Bréfritari: Hildur Jónsdóttir Johnsen
Dagsetning: A-1836-02-29
Skrifað á: Raufarhöfn  N-Þing.

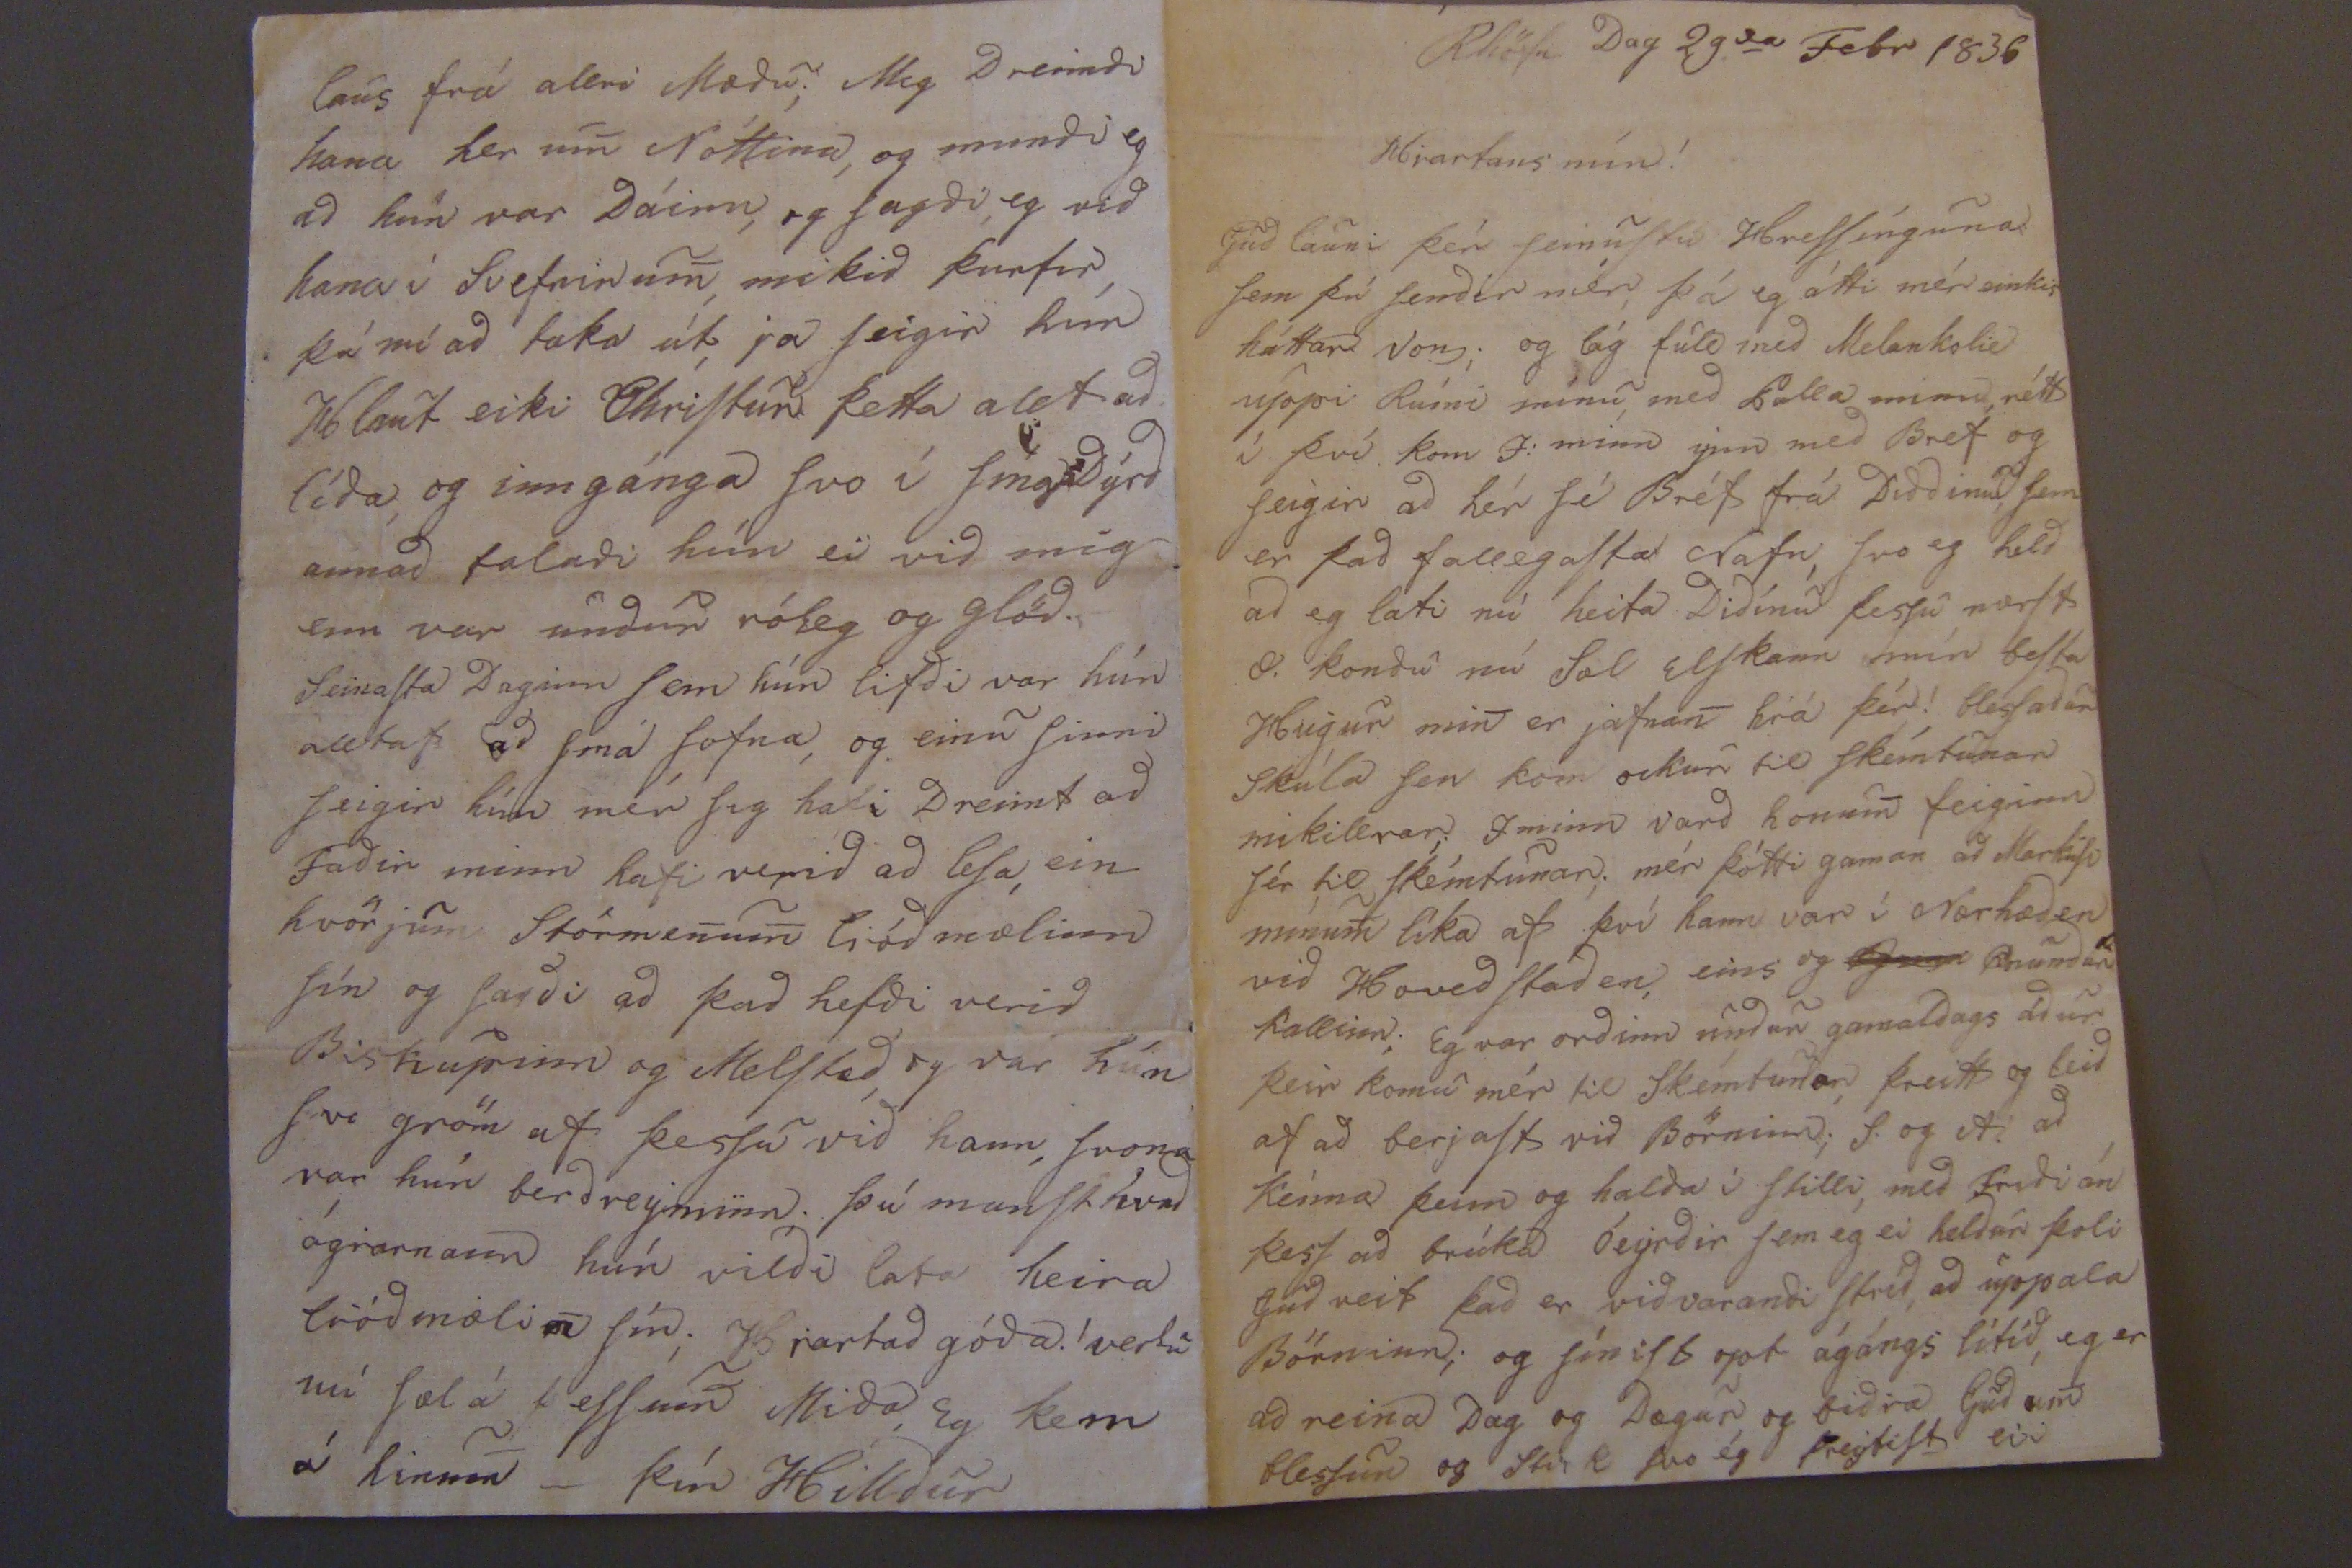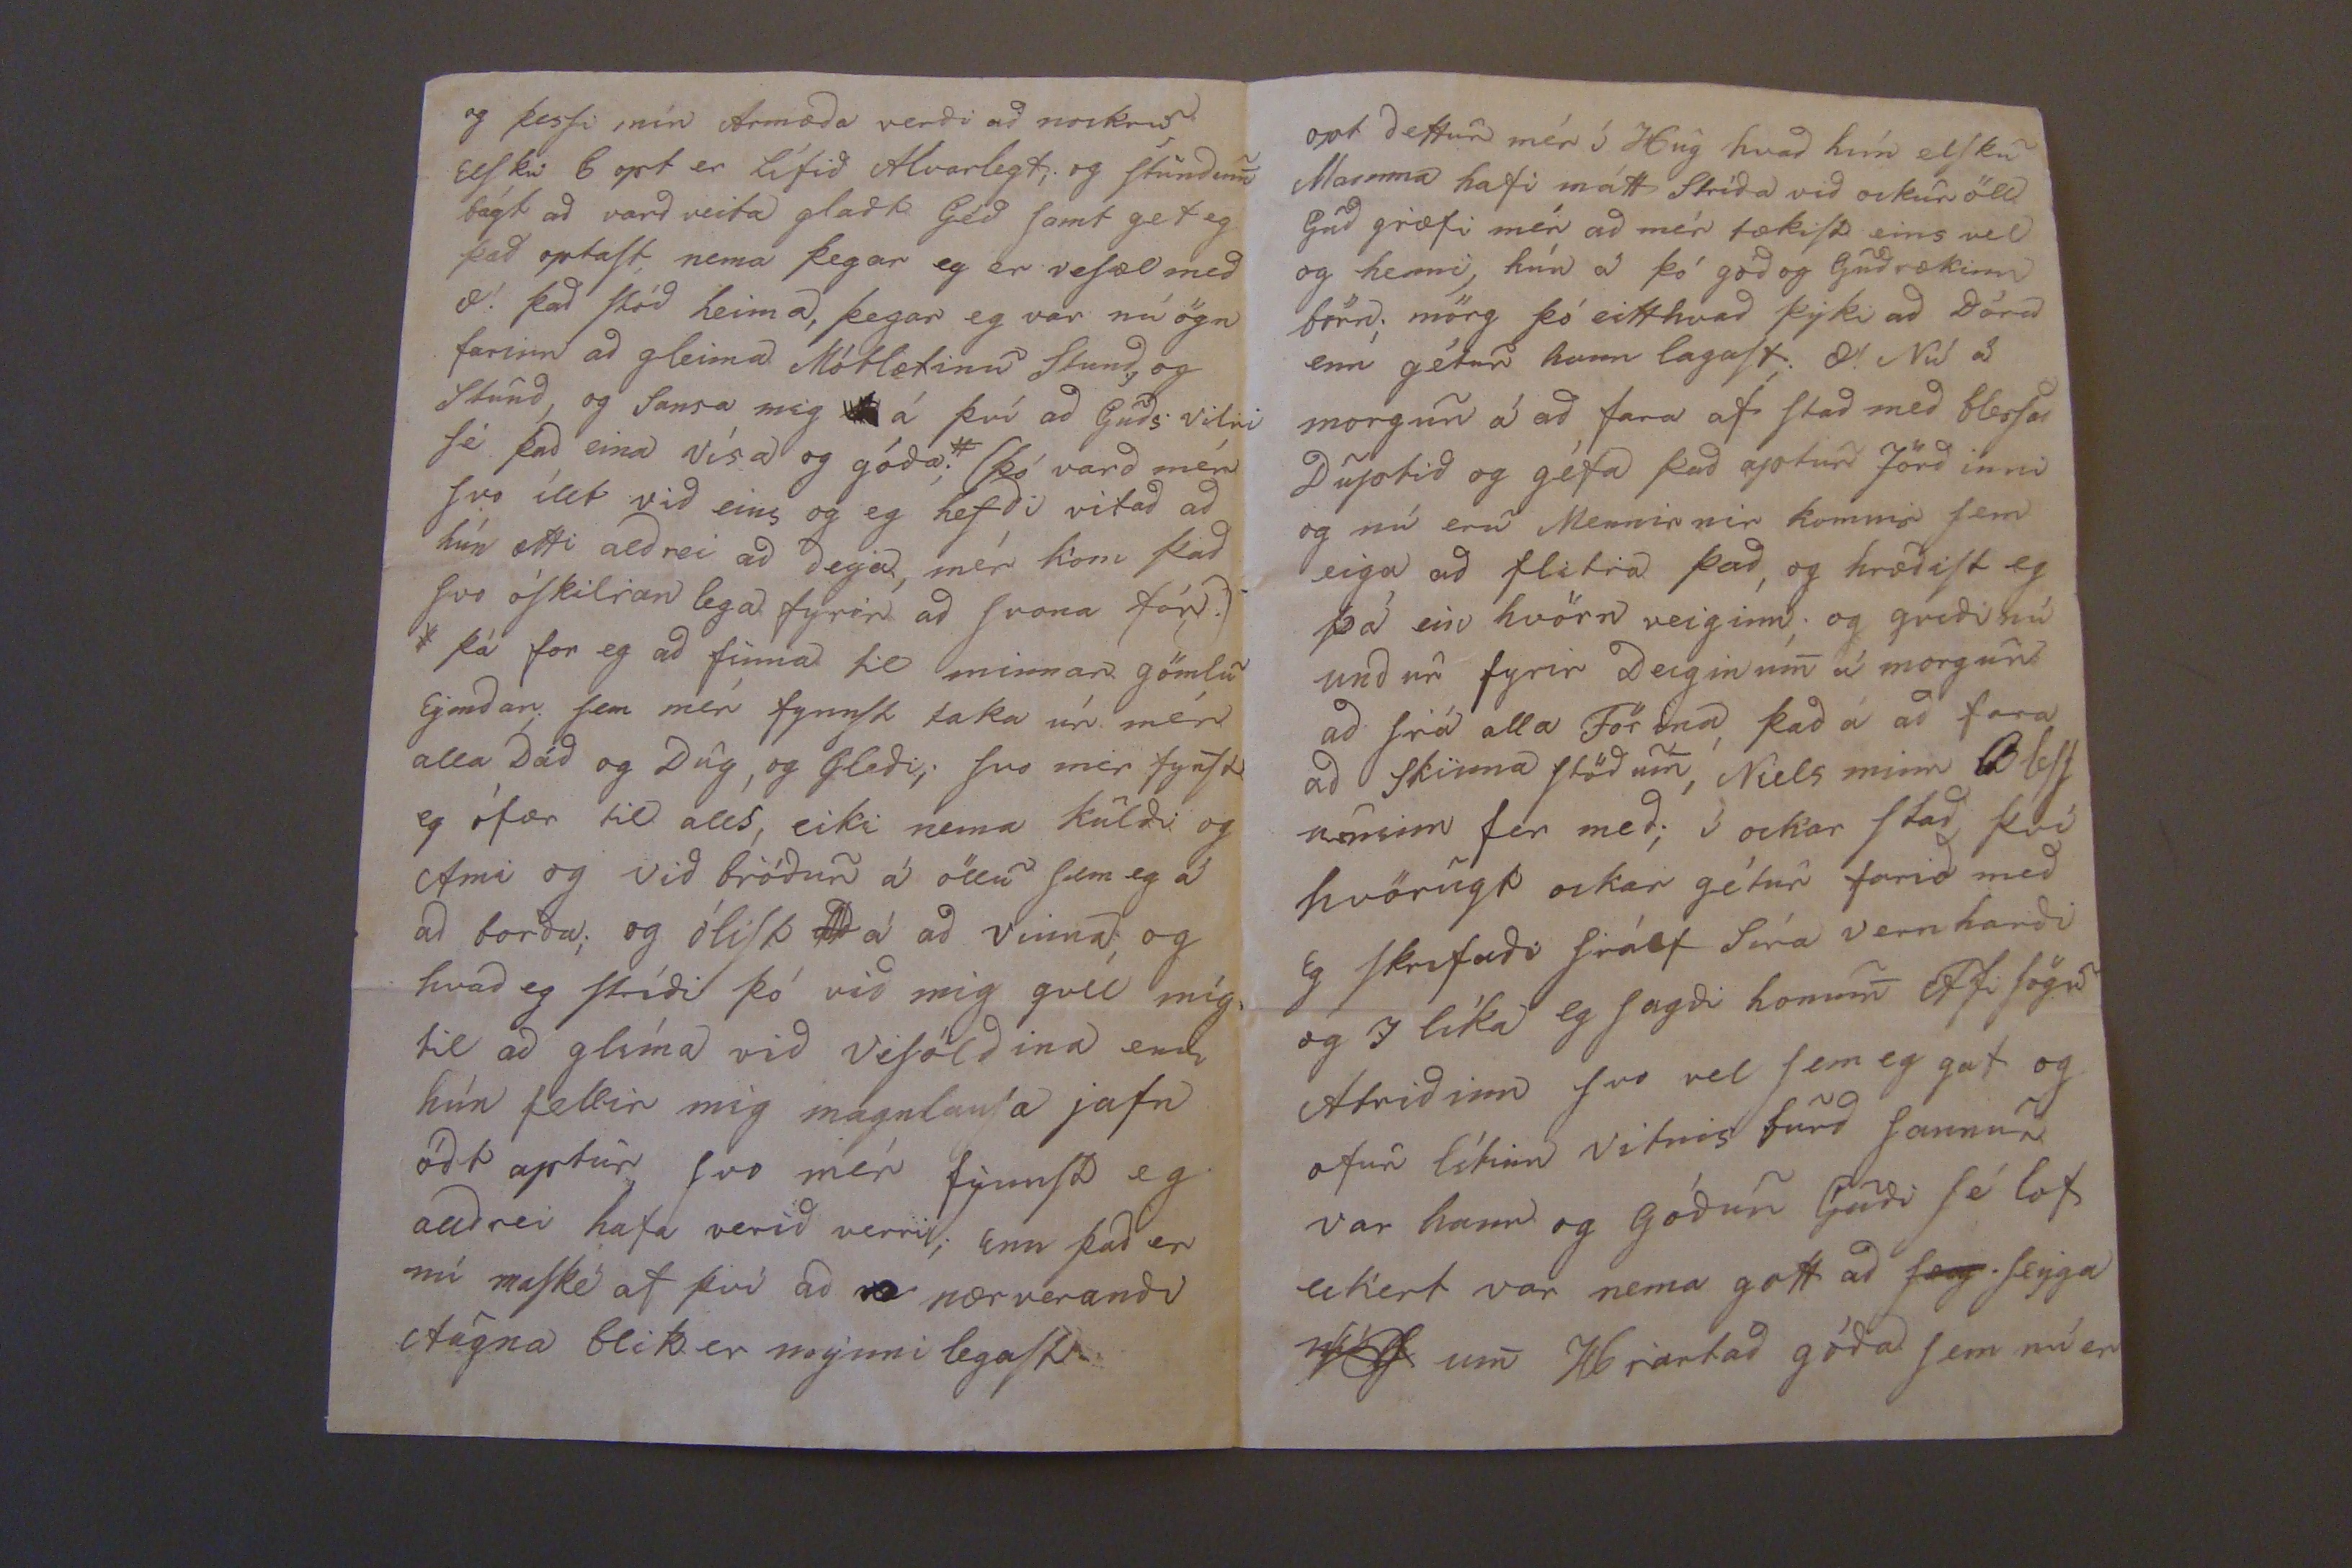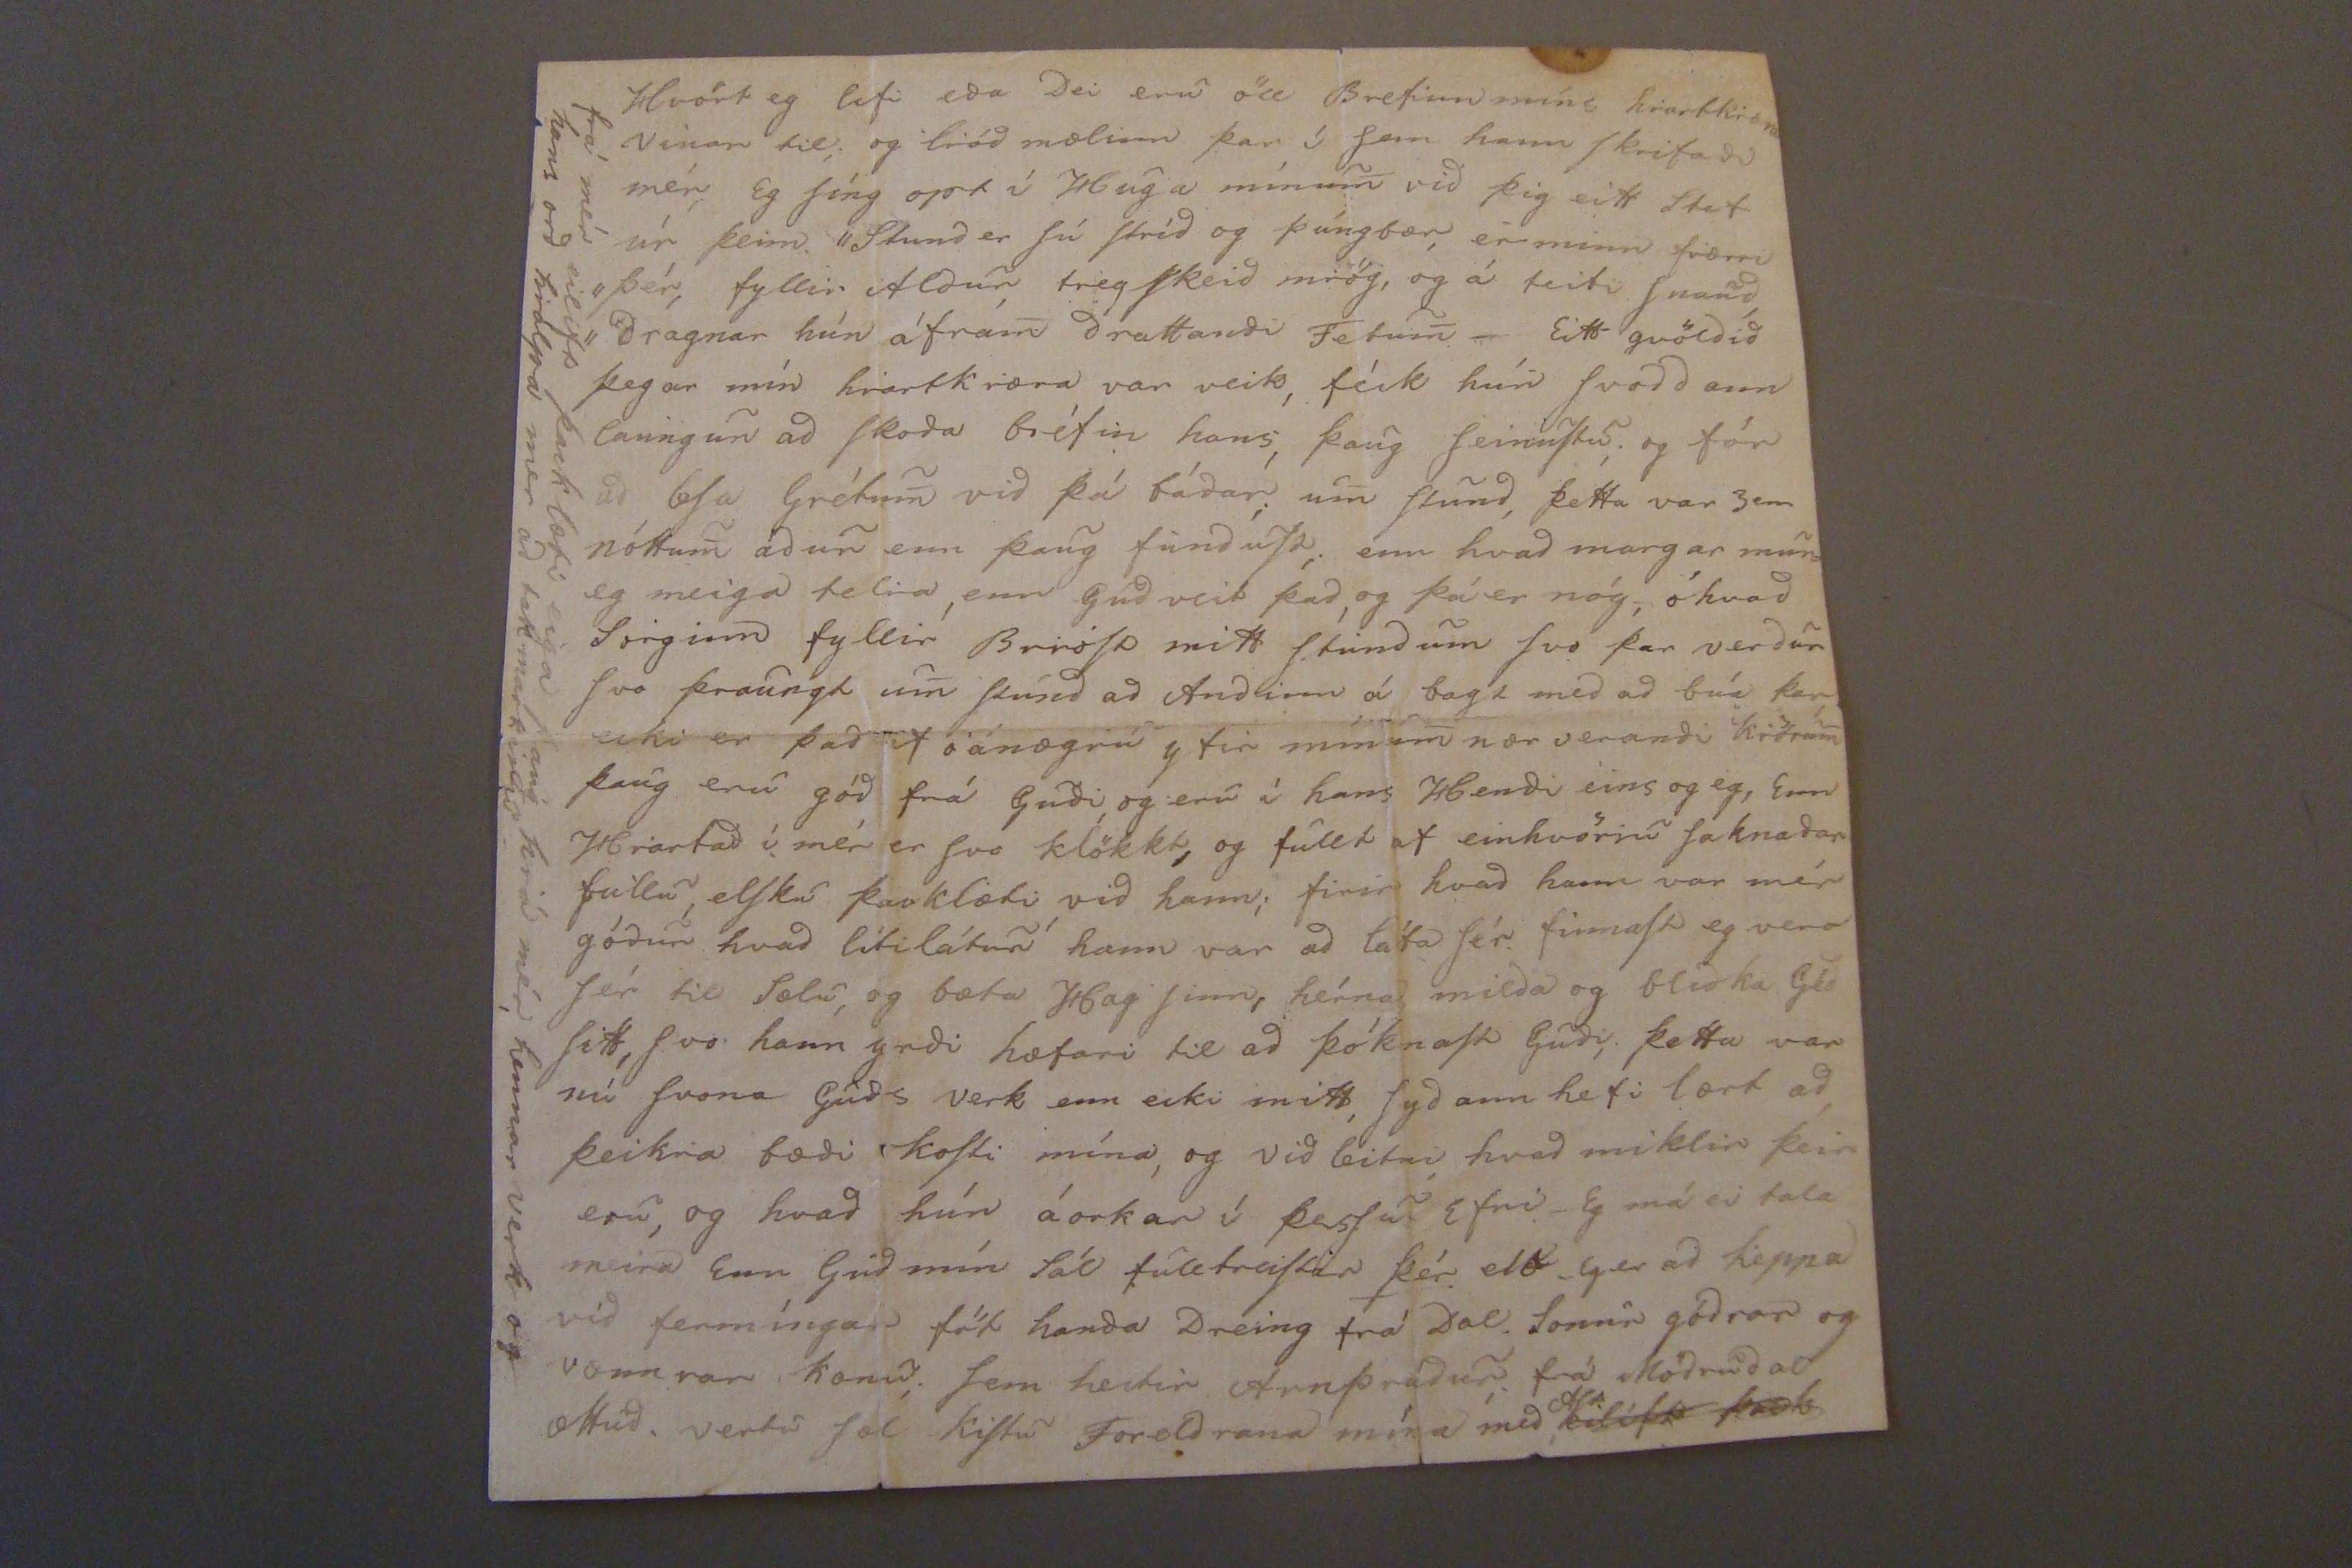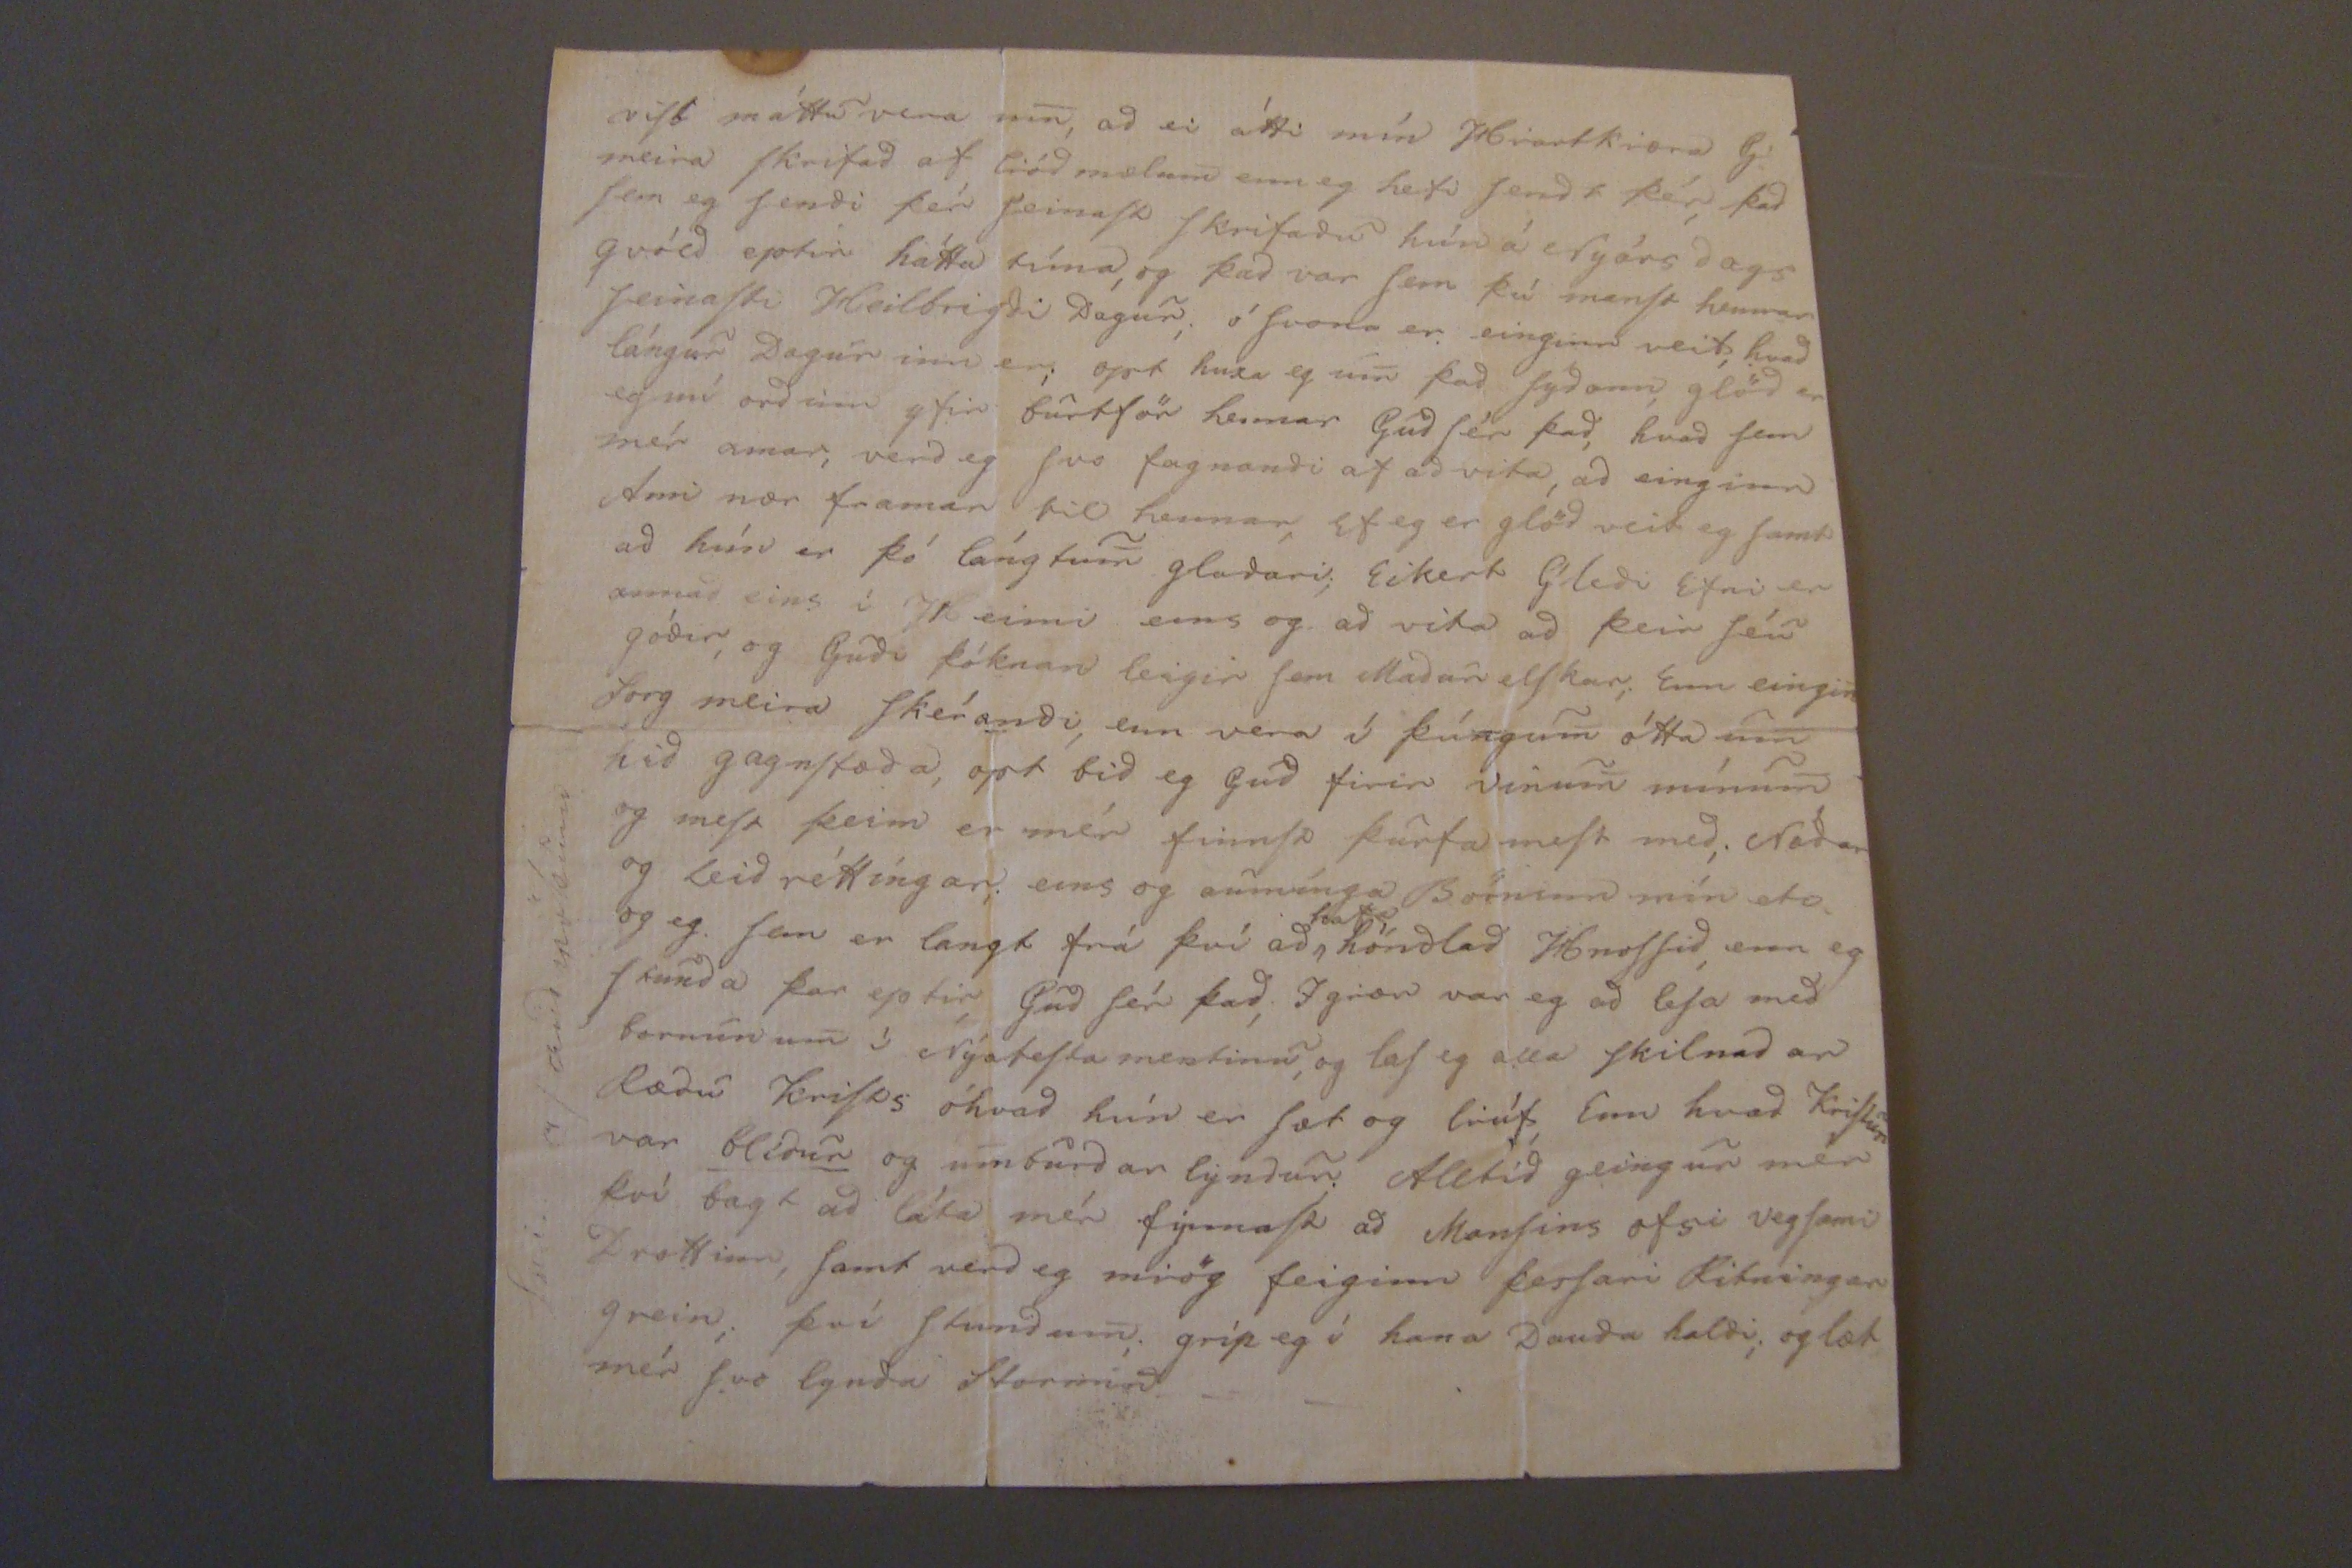

Rhöfn Dag 29
da
Febr 1836
Hjartans mín!
Gud launi þér SeinuStu HreSSínguna Sem þú Sendir mér þá eg atti mér einkis háttar von; og lág full med Melankolid uppi Rúmi mínu, med kalla minni, rétt í því kom J. minn ynn med Bref og feígin ad hér Sé Bréf frá Diddinu, Sem er þad fallegaSta Nafn, Svo eg held ad eg lati nú heita Didínu þesSu nærSt æ, kondu nú Sæl Elskann mín beSta Hugur minn er jafnan hrá þér! blesSadur Skúla Son kom ockur til Skémtunar mikillrar. J minn vard honum feiginn Sér til Skémtunar. mér þótti gaman ad MarkúSi mínum líka af því hann var í Nærhæden vid HovedStaden, eins og
Brumdan
kallinn; Eg var ordinn undan gamaldags ádur þeir komu mér til Skémtunar þreitt og leid af ad berjaSt vid Börninn; S. og A. ad kénna þeim og halda í Stilli, med Fridi án þesS ad brúka. Óeyrdir Sem eg ei heldur þoli Gud veit þad er vidvarandi Stríd ad uppala Börninn; og SíniSt opt ágángs lítid, eg er ad reina Dag og Dægur og bidra Gud um blesSun og Stirk Svo ég þreytiSt eii
og þesSi mín Armæda verdi ad nockru, ElSku P opt er lífid Alvarlegt, og Stundum bágt ad vard veita gladt Géd Samt get eg þad optaSt nema þegar eg er veSæl med æ! þad Stód heima, þegar eg var nú ögn farinn ad gleima Mótlætinu Stund, og Stund, og Sansa mig á því ad Guds vilri Sé þad eina sem vísa og góda.# (þó vard mér Svo íllt vid eins og eg hefdi vitad ad hún ætti aldrei ad deya, mér kom þad Svo óSkilranlega fyrir ad Svona fór.) # þá for eg ad finna til minnar gömlu eymdar Sem mér fynnSt taka úr mér alla Dád og Dug, og Gledi; Svo mér fynSt eg ófær til alls, eiki nema kuldi og Ami og vid bródun á öllu Sem eg á ad borda; og ólíSt
ad
á ad vinna og hvad eg Strídi þó vid mig gull míg, til ad glíma vid veSöldina enn hún fellir mig magnlauSa jafn ódt aptur Svo mér fynnSt eg alldrei hafa verid verri; enn þad er nú maSké af því ad nærverandi Augna blik er mynnilegaSt.
laus frá allri Mædu; Mig Dreimdi hana her um Nóttina, og mundi eg ad hún var Dáinn, og Sagdi eg vid hana í Svefninum, mikid þurfir þú nú ad taka út, ja Seigir hún Hlaut eiki ChriStun þetta allt ad lída, og inngánga Svo í Smá Dýrd annad taladi hún ei vid mig sem var undur róleg og glöd.
SeinaSta Daginn Sem hún lifdi var hún alltaf ad Smá Sofna, og einu Sinni Seigir hún mér Sig hafi Dreimt ad Fadir minn hafi verid ad leSa, ein hvörjum Stórmenum lródmælinn Sín og Sagdi ad þad hefdi verid Biskupinn og MelSted og var hún Svo gröm af þesSu vid hann, Svona var hún berdreyminn; þú manSt hvad ógrarnann hún vildi lata heira lródmælin Sín; Hrartad góda! vertu nú Sæl á þeSSum Mida, Eg kem á hinum- Þín Hilldur
opt dettur mér í Hug hvad hún elSku Mamma hafi mátt Strída vid ockur öll Gud græfi mér ad mér tækiSt eins vel og henni, hún á þó gód og Gudrækinn börn; mörg þó eitthvad þyki ad Börn enn getur hann lagaSt. æ! Nú á morgun á ad fara af Stad med blesSar Duptid og géfa þad aptur Jörd inni og nú eru Mennirnir komnir Sem eiga ad flitra þad, og hædiSt eg þá einv hvörn veiginn; og gridi nú undur fyrir Deiginum á morgun ad frá alla Förina, þad á ad fara ad Skinna Stödum, Niels minn BleSSuninn fer med; í ockar Stad því hvörugt ockar gétur farid med Eg Skrifadi Srálf Sína vernhardi og J líka eg Sagdi honum Æfi Sögu Atridinn Svo vel sem eg gat og ofur lítinn vitnis burd Sannur var hann og gódur Gudi Sé lof eckert var nema gott ad
Seig
Seyga
mér
um Hrartad góda Sem nú er
Hvört eg lifi eda Dei eru öll Brefinn mín hrartkræn Vinar til; og lród mælinn þar í Sem hann Skrifadi mér, Eg Síng opt í Huga mínum vid þig eitt Stat úr þeim. "Stund er Sú Stríd og þúngbær, er minn frærri "þér, fyllir Aldur tregSkeid mrög, og á teiti Snaud "dragnar hún áfram drattandi Fetum- Eitt gvöldid þegar mín hrartkræra var veik, féck hún Svoddann laungun ad Skoda bréfin hans, þaug SeinuStu. og fór ad leSa Grétum vid þá bádar; um Stund, þetta var 3 en nóttum ádur enn þaug funduSt; enn hvad margar mun eg meiga telia, enn Gud veit þad, og þár er nóg, ó hvad Sorginn fyllir BrróSt mitt Stundum Svo þar verdur Svo þraungt um Stund ad Andinn á bagt med ad búa þar ecki er þad af óánægru yfir mínum nærverandi kiörum þaug eru gód frá Gudi, og eru í hans Hendi eins og eg, Enn Hrartad í mér er Svo klökkt, og fullt af einhvörru Saknadaar fullu, elSku þacklæti vid hann; firir hvad hann var mér gódur hvad lítilátur hann var ad láta Sér finnaSt eg vera Sér til Sælu, og bæta Hag Sinn, hérna milda og blidka Géd Sitt, Svo hann yrdi hæfari ti ad þóknaSt Gudi, þetta var nú Svona Guds verk ecki mitt, Sydann hefi lært ad þeikra bædi koSti mína, og vid leitni, hvad miklir þeir eru, og hvad hún áorckar í þesSu Efni. - Eg má ei tala meira Enn Gud mín Sál fulltreiStir þér
alt
- eg er ad keppa vid fermíngar föt handa Dreing frá Dal. Sonur gódrar og vænnrar konu; Sem heitir Arnþrúdur, frá Mödrud Múd, vertu Sæl kiStu Foreldrana mína med
kiliSt þræt
alt
frá mér eilift þacklæti eiga þaug hrá mér hennar verk og hans ord hralpa mér ad takmarkinu.
viSt máttu vera um, ad ei átti mín Hrartkiæra G. meira Skrifad af liódmælum enn eg hefi Sendt þér, þad Sem eg Sendi þér SeinaSt Skrifadu hún á Nyárs dags gvóld eptir hátta tíma, og þad var Sem þú minSt hennar SeinaSti Heilbrigdi Dagur, í Svona er einginn veit, hvad lángur Dagur inn er; opt huxa eg um þad Sydann, glöd er eg nú ordinn yfir burtför hennar Gud Sér þad, hvad Sem mér amar, verd eg Svo fagnandi af ad vita ad einginn Ann nær framar til hennar, Ef eg er glöd veit eg Samt ad hún er þó lángtum gladari Eckert Gledi Efni er annar eins í 1 eimi eins og ad vita ad þeir Séu gódir, og Gudi þóknan leigir Sem Madur elSkar, Enn eingin Sorg meira. Skérandi, enn vera í þúngum ótta um hid gagnStöda, opt bid eg Gud firir vinum mínum og meSt þeim er mér finnSt þurfa meSt med. Nádar og leidréttingar eins og aumínga Börninn mín
eta
og eg Sem er langt frá því ad
hafa
höndlad HnoSSid enn eg Skunda þar eptir Gud Sér þad, Igrar var eg ad leSa med bornunum í NýatiStamentinu, og leS eg alla Skildad ar Rædu kriSts óhvad hún er Sæt og liúf, Enn hvad KriStur var
blídur
og umburdarlyndur Alltíd geingur mér því bagt ad láta mér fýnnaSt ad ManSins ofsi vegSami Drottinn, Samt verd eg miörg feiginn. þesSari Ritningar grein; því Stundum gríp eg í hana Dauda haldi, og læt mér Svo lynda Stormin.
Sni af andmökinn